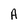
Character: A